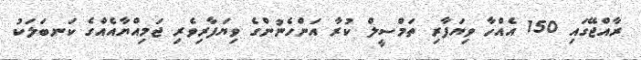
ރާއްޖޭގައި 150 އެއްހާ ވިޔަފާރި ތަމްސީލް ކުރާ އަންހެނުންގެ ވިޔަފާރިވެރި ޖަމިއްޔާއެއްގެ ކަނބަލަކު